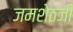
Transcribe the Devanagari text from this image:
जमशेठजी